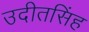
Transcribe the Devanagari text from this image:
उदीतसिंह